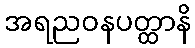
အရညဝနပတ္ထာနိ